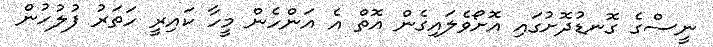
ނީސްގެ ގޮނޑުދޮށުގައި އޮށޯވެލައިގެން އޮތް އެ އަންހެން މީހާ ކައިރީ ހަތަރު ފުލުހުން